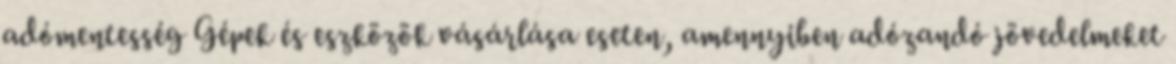
adómentesség Gépek és eszközök vásárlása eseten, amennyiben adózandó jövedelmeket